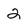
Character: 2